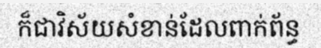
ក៏ជាវិស័យសំខាន់ដែលពាក់ព័ន្ធ